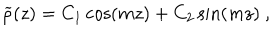
LaTeX: { \widetilde \rho } ( z ) = C _ { 1 } \cos ( m z ) + C _ { 2 } \sin ( m z ) ~ ,